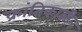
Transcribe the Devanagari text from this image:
क्रांतिकालीन